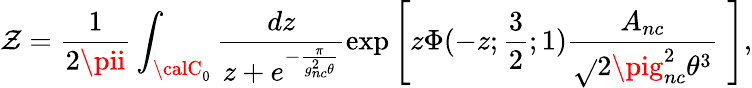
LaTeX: {\cal\mathcal{Z}}=\frac{{1}}{{2\pii}}\int_{{\calC}_{0}}\frac{{dz}}{{z+e^{-\frac{{\pi}}{{g_{nc}^{2}\theta}}}}}\exp\left[z\Phi(-z;\frac{{3}}{{2}};1)\frac{{A_{nc}}}{{\sqrt{}{{2\pig_{nc}^{2}\theta^{3}}}}}\, \, \right],